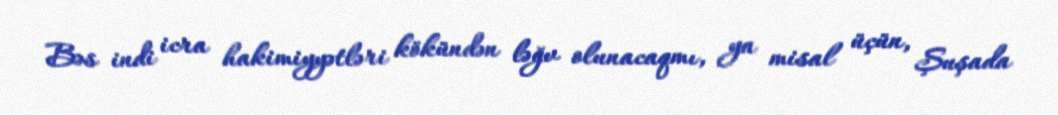
Bəs indi icra hakimiyyətləri kökündən ləğv olunacaqmı, ya misal üçün, Şuşada